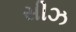
સીઝ